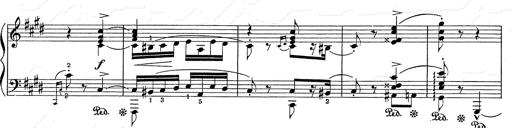
Title: Hungarian Rhapsody No.2
Composer: Franz Liszt
Key: C-sharp minor